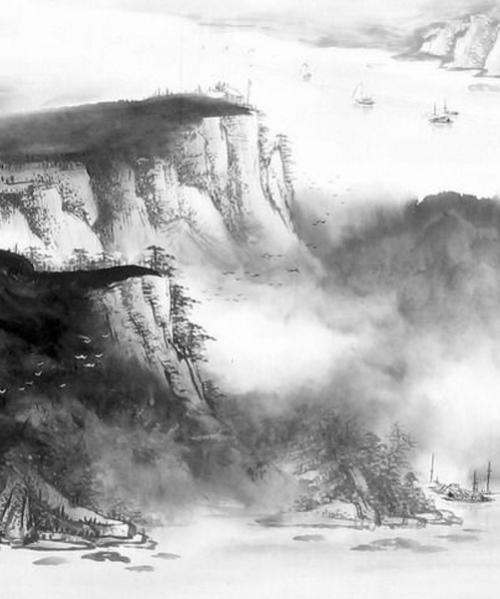
想牧之千载尚神游，空山冷。